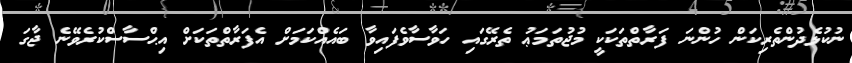
ނުކުޅެދުންތެރިކަން ހުންނަ ފަރާތްތަކަކީ މުޖުތަމަޢު ތެރޭގައި ހަވާސާވެފައިވާ ބައެއްކަމަށް އެފަރާތްތަކަށް އިޙްސާސްކުރެވޭނެ ޖާގަ